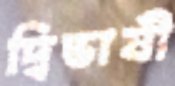
দ্বিভাষী